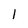
Character: 1